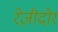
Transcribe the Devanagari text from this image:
रेज़ीदोर